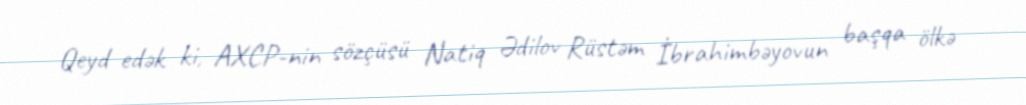
Qeyd edək ki, AXCP-nin sözçüsü Natiq Ədilov Rüstəm İbrahimbəyovun başqa ölkə